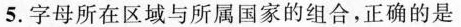
5.字母所在区域与所属国家的组合，正确的是